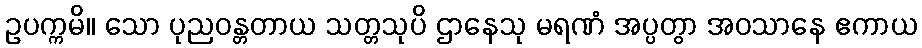
ဥပက္ကမိ။ သော ပုညဝန္တတာယ သတ္တသုပိ ဌာနေသု မရဏံ အပ္ပတွာ အဝသာနေ ဧကာယ